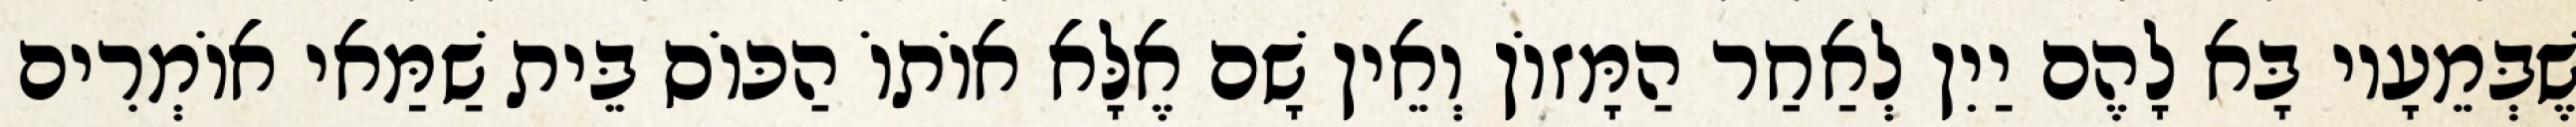
שֶׁבְּמֵעָיו בָּא לָהֶם יַיִן לְאַחַר הַמָּזוֹן וְאֵין שָׁם אֶלָּא אוֹתוֹ הַכּוֹס בֵּית שַׁמַּאי אוֹמְרִים